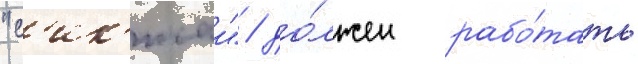
"с'ик'исаи" / до́лжен рабо́тать